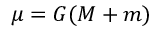
\mu = G ( M + m )